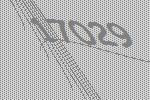
17029